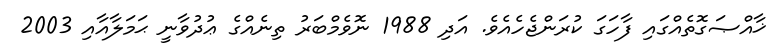
ޚާއްޞަގޮތެއްގައި ފާހަގަ ކުރަންޖެހެއެވެ. އަދި 1988 ނޮވެމްބަރު ތިނެއްގެ ޢުދުވާނީ ޙަމަލާއާއި 2003